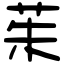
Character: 茱